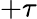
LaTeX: +\tau